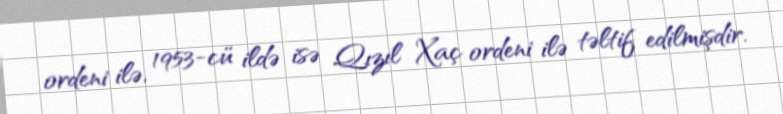
ordeni ilə, 1953-cü ildə isə Qızıl Xaç ordeni ilə təltif edilmişdir.